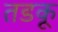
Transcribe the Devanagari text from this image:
तडकू